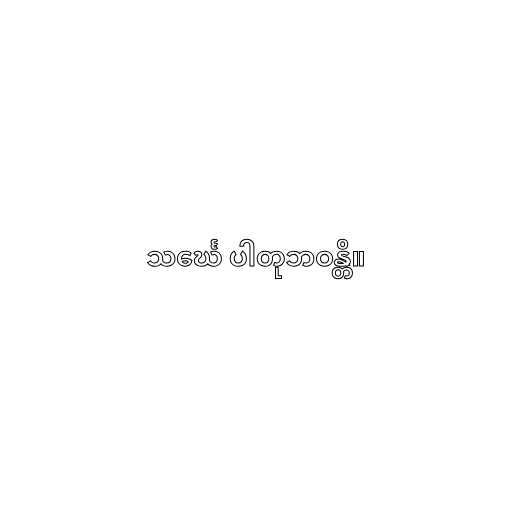
သင်္ဃေ ပါတုဘဝန္တိ။